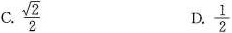
C. \frac{ \sqrt{2}}{2} D .\frac{1}{2}